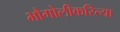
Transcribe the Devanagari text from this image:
भौगोलीकरित्या